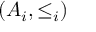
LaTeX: ( A _ { i } , \leq _ { i } )